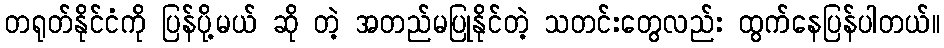
တရုတ်နိုင်ငံကို ပြန်ပို့မယ် ဆို တဲ့ အတည်မပြုနိုင်တဲ့ သတင်းတွေလည်း ထွက်နေပြန်ပါတယ်။